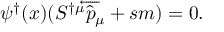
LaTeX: \psi ^ { \dagger } ( x ) ( S ^ { \dagger \mu } \overleftarrow { { \hat { p } } _ { \mu } } + s m ) = 0 .